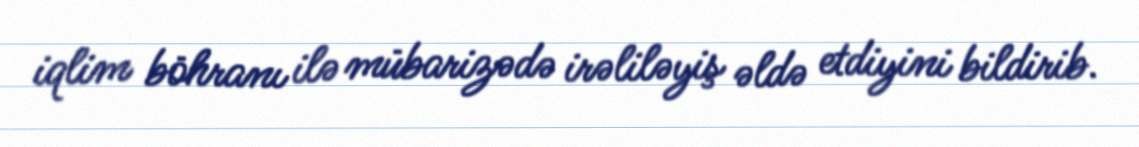
iqlim böhranı ilə mübarizədə irəliləyiş əldə etdiyini bildirib.